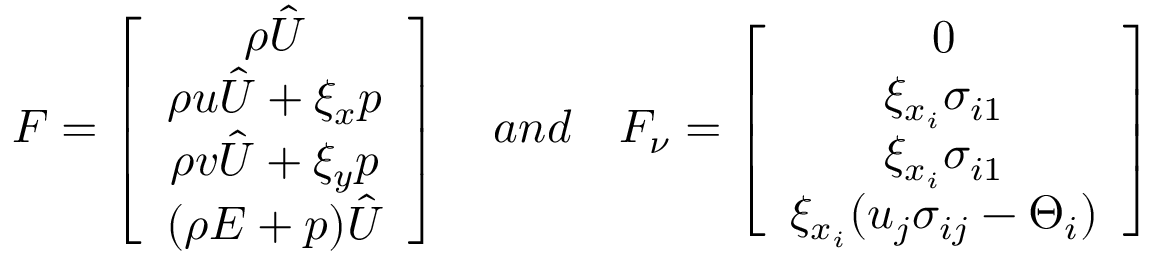
F = \left[ \begin{array} { c } { \rho \hat { U } } \\ { \rho u \hat { U } + \xi _ { x } p } \\ { \rho v \hat { U } + \xi _ { y } p } \\ { ( \rho E + p ) \hat { U } } \end{array} \right] \quad a n d \quad F _ { \nu } = \left[ \begin{array} { c } { 0 } \\ { \xi _ { x _ { i } } \sigma _ { i 1 } } \\ { \xi _ { x _ { i } } \sigma _ { i 1 } } \\ { \xi _ { x _ { i } } ( u _ { j } \sigma _ { i j } - \Theta _ { i } ) } \end{array} \right]